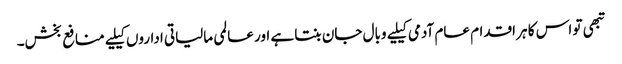
تبھی تو اس کا ہر اقدام عام آدمی کیلیے وبال جان بنتا ہے اور عالمی مالیاتی اداروں کیلیے منافع بخش۔